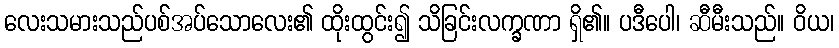
လေးသမားသည်ပစ်အပ်သောလေး၏ ထိုးထွင်း၍ သိခြင်းလက္ခဏာ ရှိ၏။ ပဒီပေါ၊ ဆီမီးသည်။ ဝိယ၊